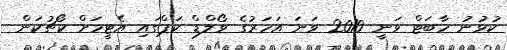
ކުޅުނު ހާބަޓް ވަނީ 2010 ވަނަ އަހަރުގެ ވޯލްޑް ކަޕްގައި އެޓީމަށް ކޯޗުކަން